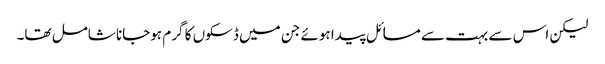
لیکن اس سے بہت سے مسائل پیدا ہوئے جن میں ڈسکوں کا گرم ہوجانا شامل تھا۔